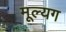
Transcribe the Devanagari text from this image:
मूल्यग